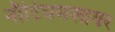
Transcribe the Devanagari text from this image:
नौटिंघमशायर